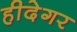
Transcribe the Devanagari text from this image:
हीदेगर